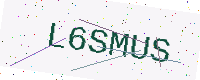
Text: L6SMUS